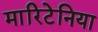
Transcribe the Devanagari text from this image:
मारिटेनिया